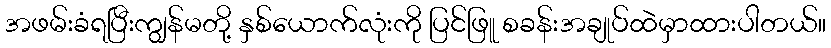
အဖမ်းခံရပြီးကျွန်မတို့ နှစ်ယောက်လုံးကို ပြင်ဖြူ စခန်းအချုပ်ထဲမှာထားပါတယ်။